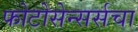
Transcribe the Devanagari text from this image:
फोटोसेन्सर्सचा